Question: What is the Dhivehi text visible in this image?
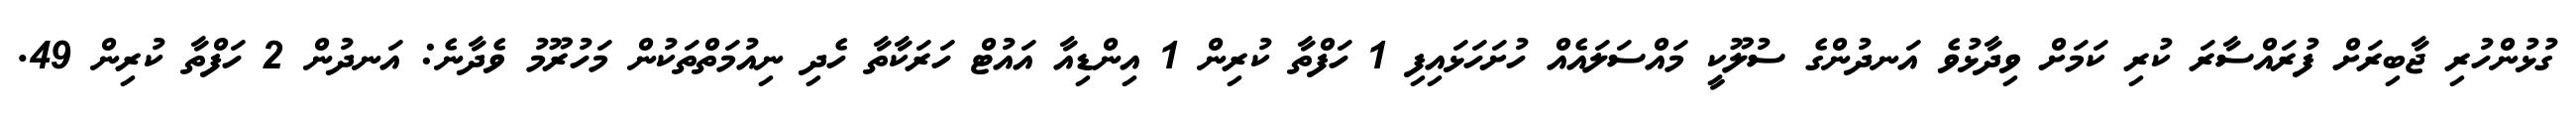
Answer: ގުޅުންހުރި ޖާބިރަށް ފުރައްސާރަ ކުރި ކަމަށް ވިދާޅުވެ އަނދުންގެ ސުލޫކީ މައްސަލައެއް ހުށަހަޅައިފި 1 ހަފްތާ ކުރިން 1 އިންޑިއާ އައުޓް ހަރަކާތާ ހެދި ނިއުމަތްތަކުން މަހުރޫމު ވެދާނެ: އަނދުން 2 ހަފްތާ ކުރިން 49.